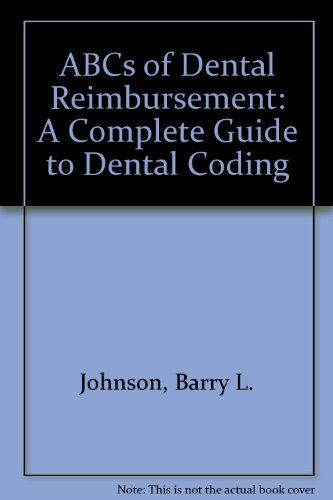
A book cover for ABCs of Dental Reimbursement: A Complete Guide to Dental Coding; Barry L. Johnson; Medical Books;